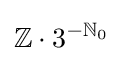
\mathbb {Z} \cdot 3^{-\mathbb {N} _{0}}